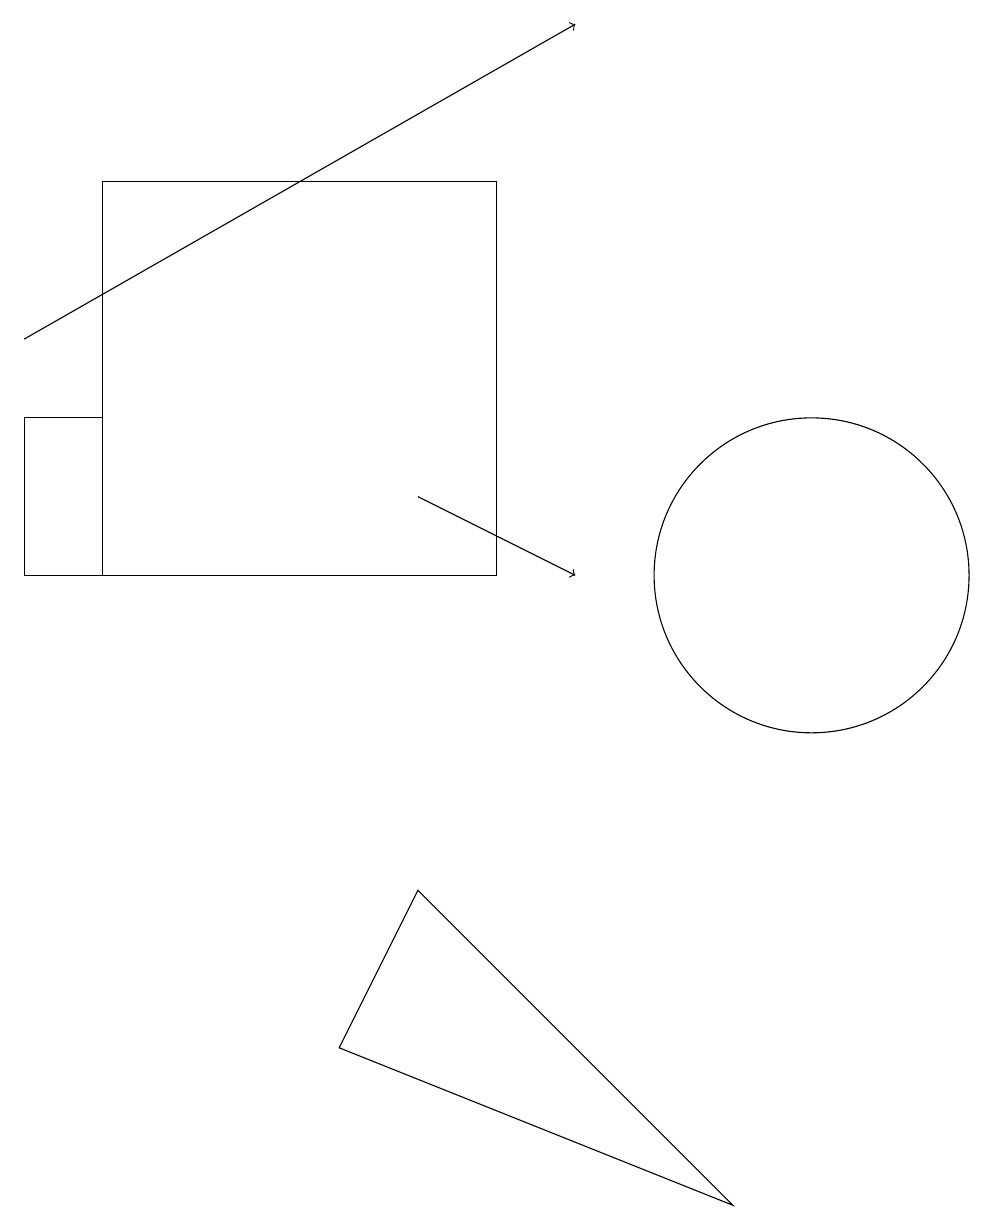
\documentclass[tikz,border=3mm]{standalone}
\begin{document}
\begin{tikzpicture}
\draw (9,3) -- (5,7) -- (4,5) -- cycle;
\draw (1,16) rectangle (6,11);
\draw[->] (5,12) -- (7,11);
\draw[->] (0,14) -- (7,18);
\draw (10,11) circle (2);
\draw (0,11) rectangle (1,13);
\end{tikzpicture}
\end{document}